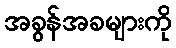
အခွန်အခများကို